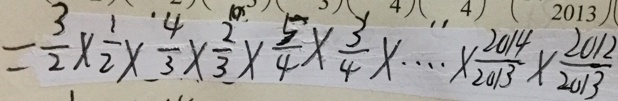
= \frac { 3 } { 2 } \times \frac { 1 } { 2 } \times \frac { 4 } { 3 } \times \frac { 2 } { 3 } \times \frac { 5 } { 4 } \times \frac { 3 } { 4 } \times \cdots \times \frac { 2 0 1 4 } { 2 0 1 3 } \times \frac { 2 0 1 2 } { 2 0 1 3 }